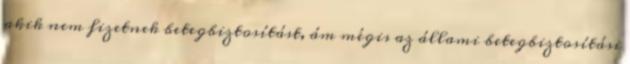
akik nem fizetnek betegbiztosítást, ám mégis az állami betegbiztosítási